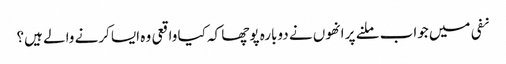
نفی میں جواب ملنے پر انھوں نے دوبارہ پوچھا کہ کیا واقعی وہ ایسا کرنے والے ہیں؟